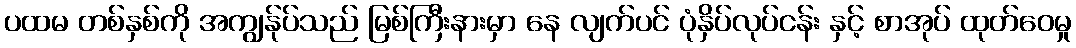
ပထမ တစ်နှစ်ကို အကျွန်ုပ်သည် မြစ်ကြီးနားမှာ နေ လျက်ပင် ပုံနှိပ်လုပ်ငန်း နှင့် စာအုပ် ထုတ်ဝေမှု